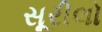
સૂરીલો